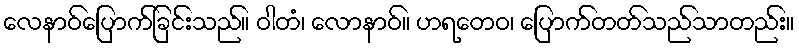
လေနာဝ်ပြောက်ခြင်းသည်။ ဝါတံ၊ လောနာဝ်။ ဟရတေဝ၊ ပြောက်တတ်သည်သာတည်း။